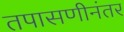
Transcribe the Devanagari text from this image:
तपासणीनंतर